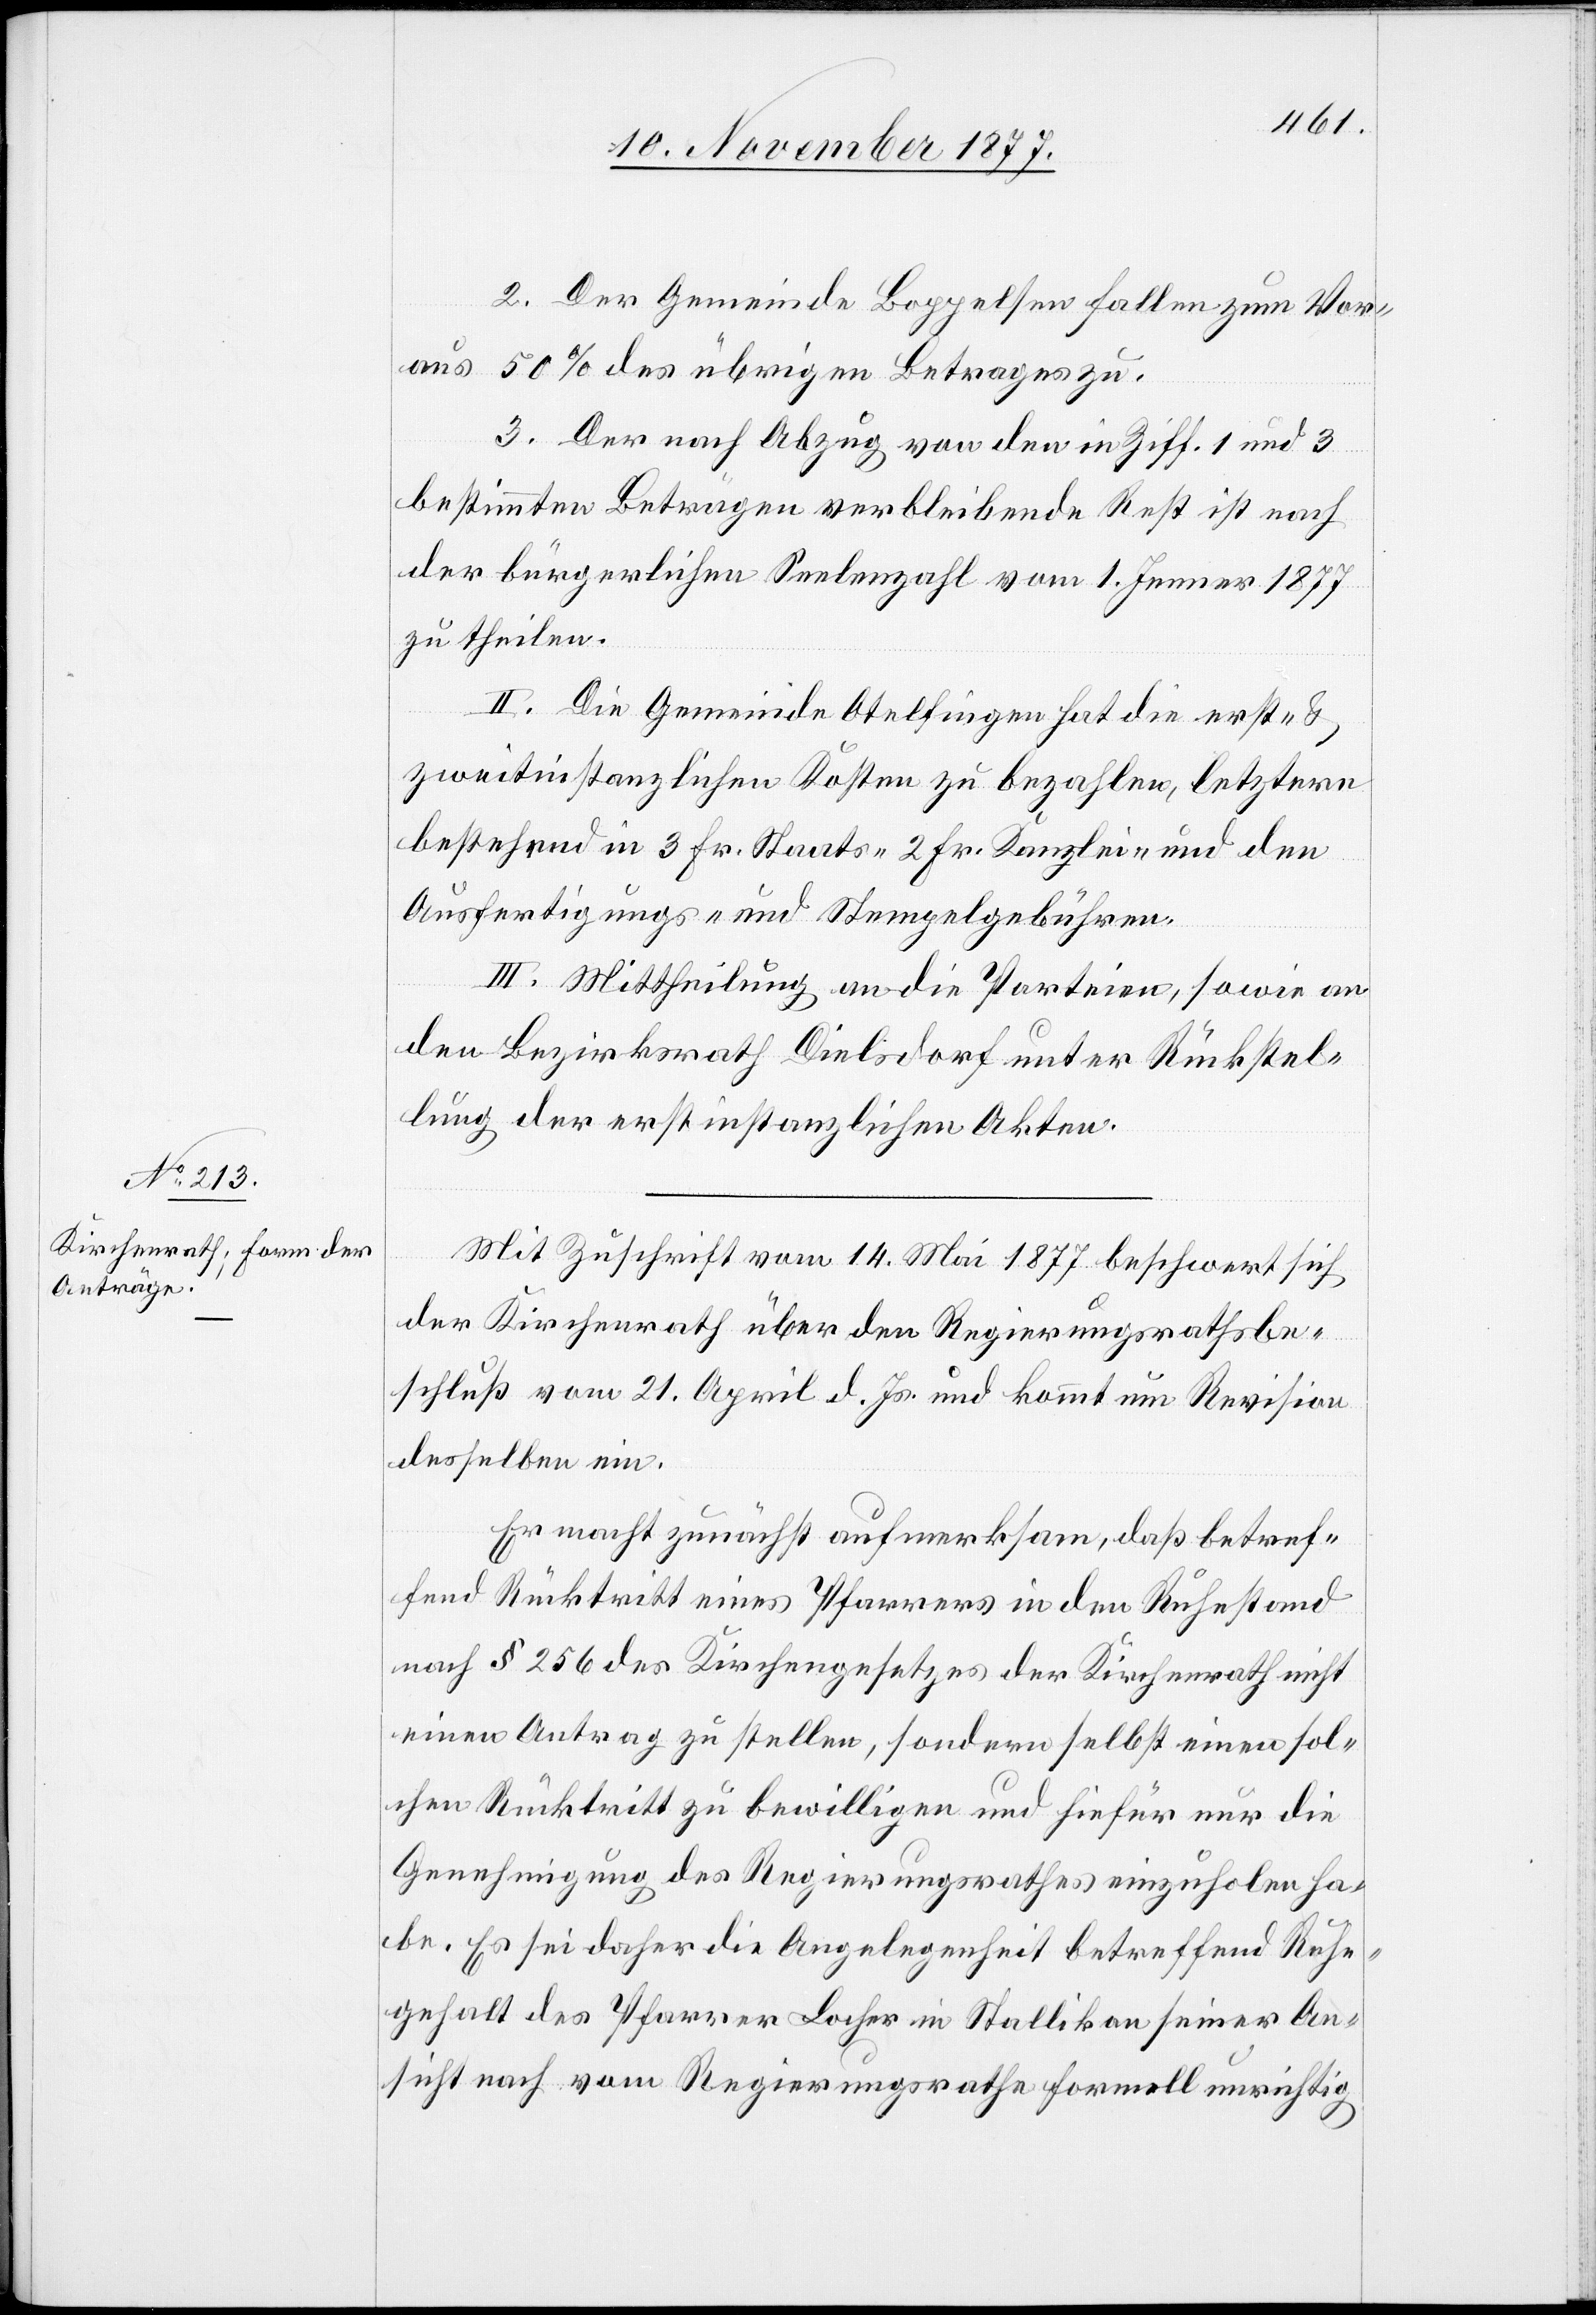
2. Der Gemeinde Boppelsen fallen zum Vor¬
aus 50% des übrigen Betrages zu.
3. Der nach Abzug von den in Ziff. 1 und 3
bestimmten Beträgen verbleibende Rest ist nach
der bürgerlichen Seelenzahl vom 1. Jenner 1877
zu theilen.
II. Die Gemeinde Otelfingen hat die erst- &
zweitinstanzlichen Kosten zu bezahlen, letztere
bestehend in 3 Fr. Staats-[,] 2 Fr. Kanzlei- und den
Ausfertigungs- und Stempelgebühren.
III. Mittheilung an die Parteien, sowie an
den Bezirksrath Dielsdorf unter Rückstel¬
lung der erstinstanzlichen Akten.
Mit Zuschrift vom 14. Mai 1877 beschwert sich
der Kirchenrath über den Regierungsrathsbe¬
schluß vom 21. April d. Js. und kommt um Revision
desselben ein.
Er macht zunächst aufmerksam, daß betref¬
fend Rücktritt eines Pfarrers in den Ruhestand
nach § 256 des Kirchengesetzes der Kirchenrath nicht
einen Antrag zu stellen, sondern selbst einen sol¬
chen Rücktritt zu bewilligen und hiefür nur die
Genehmigung des Regierungsrathes einzuholen ha¬
be. Es sei daher die Angelegenheit betreffend Ruhe¬
gehalt des Pfarrer Locher in Stallikon seiner An¬
sicht nach vom Regierungsrathe formell unrichtig